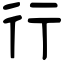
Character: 行